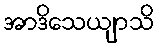
အာဒိသေယျာသိ